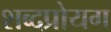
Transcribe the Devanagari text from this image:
शब्दप्रोयग